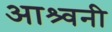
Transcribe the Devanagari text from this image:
आश्र्वनी